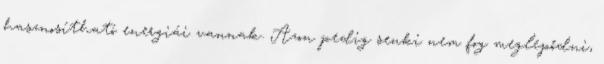
hasznosítható energiái vannak. Azon pedig senki nem fog meglepődni,